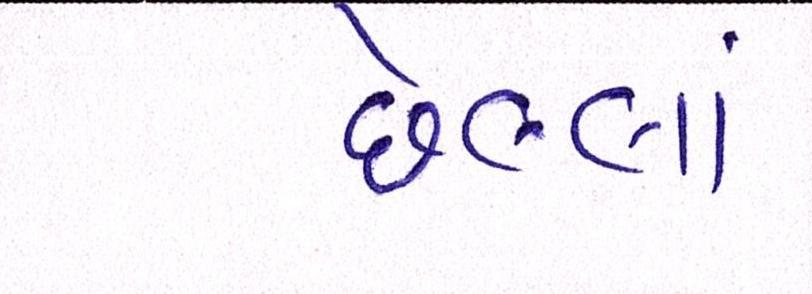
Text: છેલ્લાં